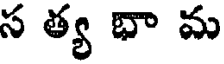
స త్య భా మ